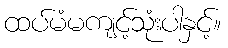
ထပ်မံမကျင့်သုံးပါနှင့်။